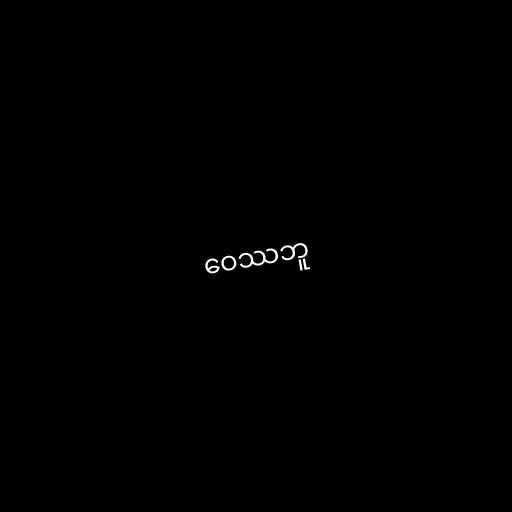
ဝေဿဘူ